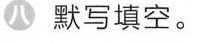
八默写填空。